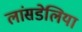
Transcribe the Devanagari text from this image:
लांसडेलिया